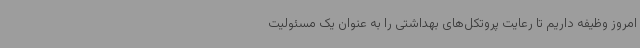
امروز وظیفه داریم تا رعایت پروتکل‌های بهداشتی را به عنوان یک مسئولیت